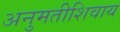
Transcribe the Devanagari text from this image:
अनुमतीशिवाय